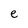
Character: e